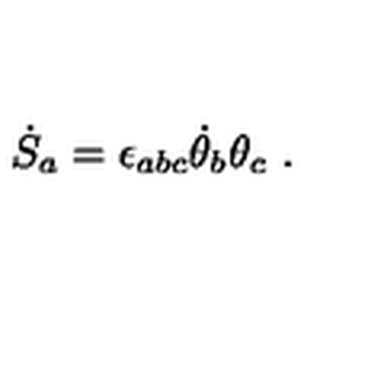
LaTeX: { \dot { S } } _ { a } = \epsilon _ { a b c } { \dot { \theta } } _ { b } \theta _ { c } \ .